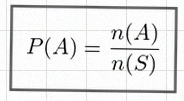
P(A)=\frac{n(A)}{n(S)}